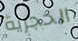
الحجرية